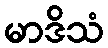
မာဒိသံ